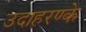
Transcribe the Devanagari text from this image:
उदाहरण्के